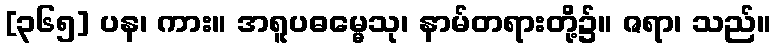
[၃၆၅] ပန၊ ကား။ အရူပဓမ္မေသု၊ နာမ်တရားတို့၌။ ဇရာ၊ သည်။